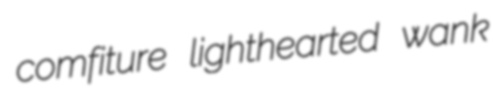
comfiture lighthearted wank